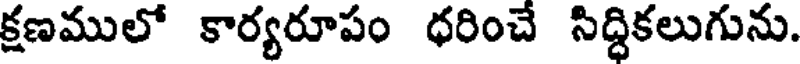
క్షణములో కార్యరూపం ధరించే సిద్ధికలుగును.